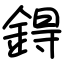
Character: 鍀